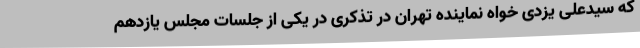
که سیدعلی یزدی خواه نماینده تهران در تذکری در یکی از جلسات مجلس یازدهم